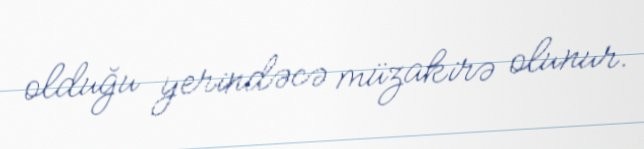
olduğu yerindəcə müzakirə olunur.